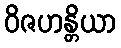
ဝိဇဟန္တိယာ